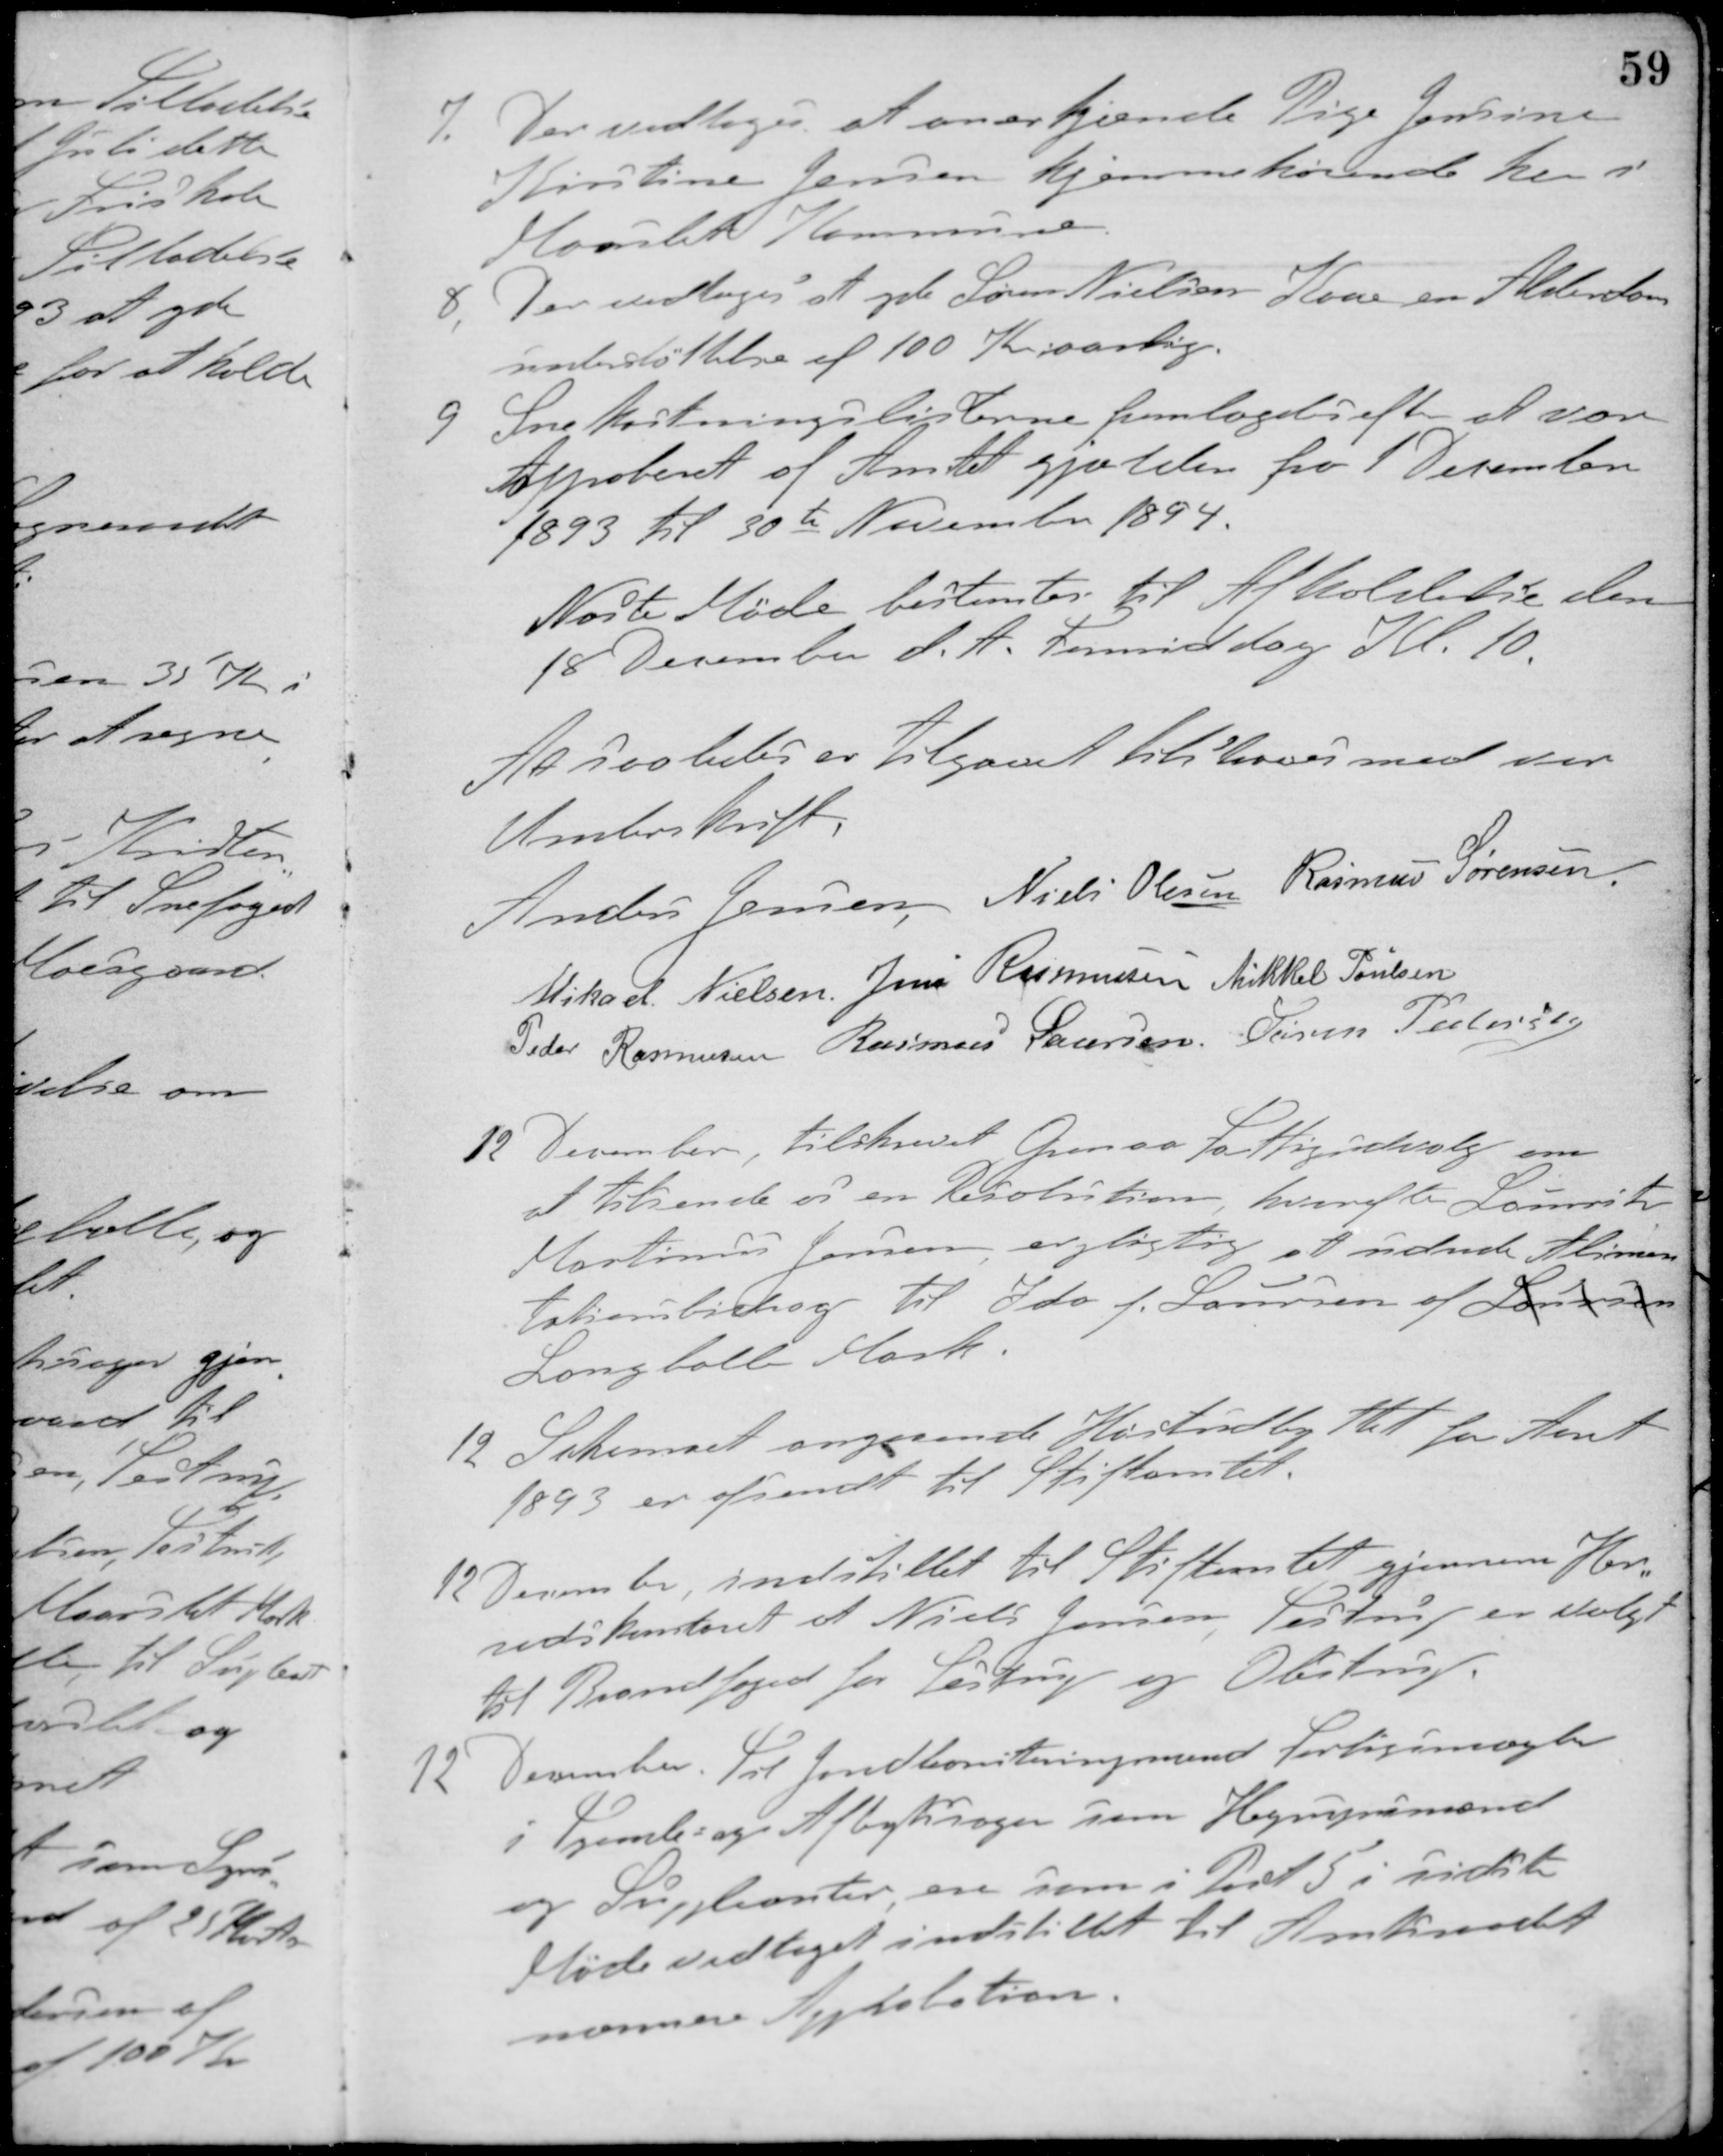
Transskription:
7. Der vedtoges at anerkjende Pige Jensine
Kirstine Jensen hjemmehørende her i
Maarslet Kommune.
8. Der vedtoges at yde Søren Nielsens Kone en Alderdoms-
understøttelse af 100 Kr. aarlig.
9. Snekastningslisterne fremlagdes efter at være
Approberet af Amtet gjælden fra 1 December
1893 til 30te November 1894.
Næste Møde bestemtes til Afholdelse den
18 December d. A. Formiddag Kl. 10.
At saaledes er tilgaaet tilstaaes med vor
Underskrift
Anders Jensen Niels Olesen Rasmus Sørensen
Mikael Nielsen Jens Rasmussen Mikkel Poulsen
Peder Rasmussen Rasmus Laursen Søren Pedersen
12 December, tilskrevet Grenaa Fattigudvalg om
at tilsende os en Resolution, hvorefter Laurits
Martinus Jensen er pligtig at udrede Alimen-
tationsbidrag til Ida f. Laursen af Laursen
Langballe Mark.
12 Skemaet angaaende Høstudbyttet for Aaret
1893 er afsendt til Stiftamtet.
12 December, indstillet til Stiftamtet gjennem Her-
redskontoret af Niels Jensen Testrup er valgt
til Brandfoged for Testrup og Obstrup.
12 December. Til Jordboniteringsmand Forligsmægler
i Tjeneste- og Afbytisager som Hegnsynsmænd
og Suppleanter, ere som i Part 5 i sidste
Møde vedtaget indstillet til Amtsraadet
nærmere Approbation.